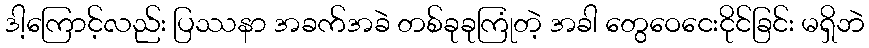
ဒါ့ကြောင့်လည်း ပြဿနာ အခက်အခဲ တစ်ခုခုကြုံတဲ့ အခါ တွေဝေငေးငိုင်ခြင်း မရှိဘဲ